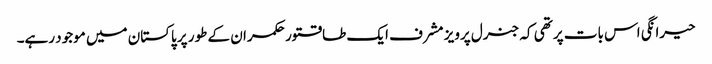
حیرانگی اس بات پر تھی کہ جنرل پرویز مشرف ایک طاقتور حکمران کے طور پر پاکستان میں موجود رہے۔